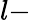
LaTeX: l-